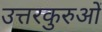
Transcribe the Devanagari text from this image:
उत्तरकुरुओं